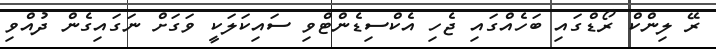
ރޭ ލިންކް ރޯޑްގައި ބަހެއްގައި ޖެހި އެކްސިޑެންޓްވި ސައިކަލަކީ ވަގަށް ނަގައިގެން ދުއްވި